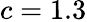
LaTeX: c=1.3